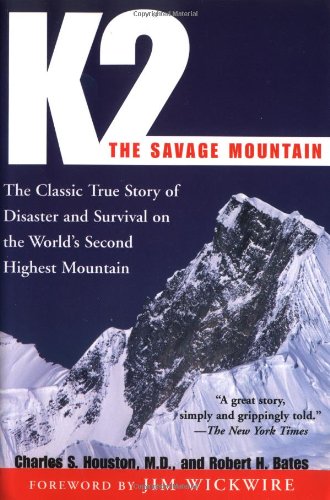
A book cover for K2, The Savage Mountain: The Classic True Story of Disaster and Survival on the World's Second Highest Mountain; Charles S. Houston; Travel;